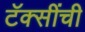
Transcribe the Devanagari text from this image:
टॅक्सींची